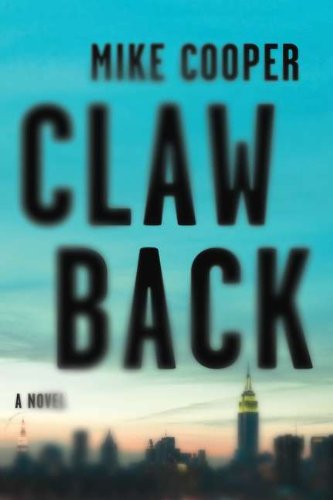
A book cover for Clawback: A Novel; Mike Cooper; Mystery, Thriller & Suspense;